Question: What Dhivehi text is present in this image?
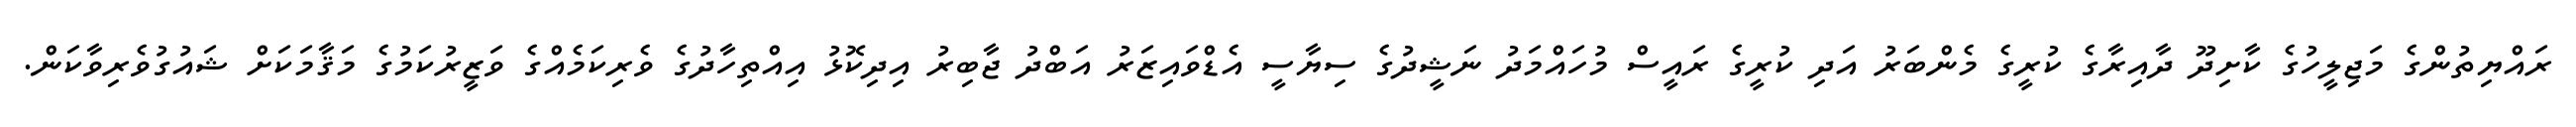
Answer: ރައްޔިތުންގެ މަޖިލީހުގެ ކާށިދޫ ދާއިރާގެ ކުރީގެ މެންބަރު އަދި ކުރީގެ ރައީސް މުހައްމަދު ނަޝީދުގެ ސިޔާސީ އެޑްވައިޒަރު އަބްދު ޖާބިރު އިދިކޮޅު އިއްތިހާދުގެ ވެރިކަމެއްގެ ވަޒީރުކަމުގެ މަޤާމަކަށް ޝައުގުވެރިވާކަން.